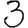
Digit: 3